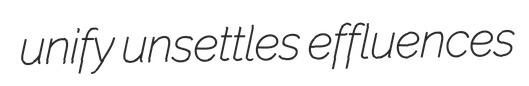
unify unsettles effluences